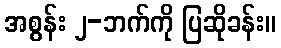
အစွန်း ၂-ဘက်ကို ပြဆိုခန်း။